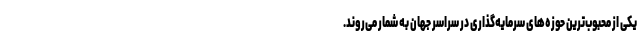
یکی از محبوب‌ترین حوزه‌های سرمایه‌گذاری در سراسر جهان به شمار می‌روند.